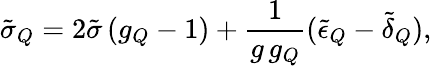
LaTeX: \tilde{\sigma}_{Q}=2\tilde{\sigma}\left(g_{Q}-1\right)+\frac{1}{g\, g_{Q}}(\tilde{\epsilon}_{Q}-\tilde{\delta}_{Q}),